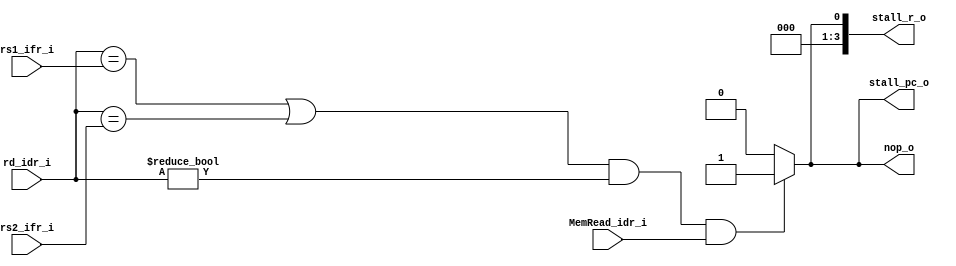
module Hazard(
	input [4:0] rs1_ifr_i,
	input [4:0] rs2_ifr_i, 
	input [4:0] rd_idr_i, 
	input MemRead_idr_i, 
	output reg stall_pc_o,
	output reg nop_o, 
	output reg [3:0] stall_r_o
); 
	always @(*) begin 
		if(((rd_idr_i==rs1_ifr_i)|(rd_idr_i==rs2_ifr_i))&(rd_idr_i!=0)&(MemRead_idr_i)) begin 
			nop_o 		<= 1'b1; 
			stall_pc_o 	<= 1'b1;
			stall_r_o 	<= 4'b0001;
		end else begin 
			nop_o 		<= 1'b0; 
			stall_pc_o 	<= 1'b0;
			stall_r_o 	<= 4'b0000;
		end 
	end 
endmodule